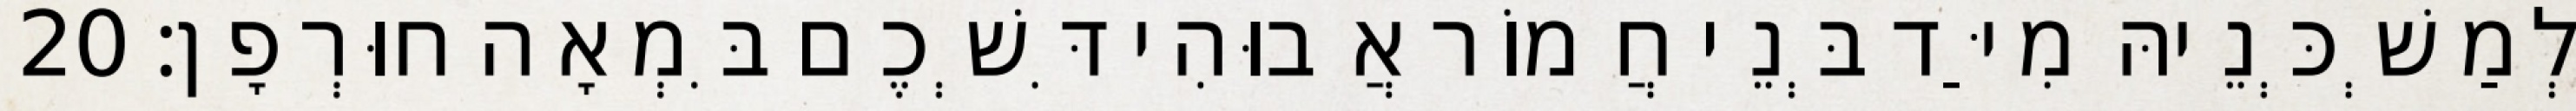
לְמַשְׁכְּנֵיהּ מִיַּד בְּנֵי חֲמוֹר אֲבוּהִי דִּשְׁכֶם בִּמְאָה חוּרְפָן׃ 20